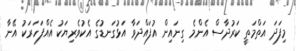
މިފަދަ އަތްމަތީ ކަރުދާސް އެންމެ ގިނައިން އުފައްދަވާ އަޅުގަނޑުގެ އެކުވެރިޔަކު އެއްފަހަރަކު އޭނާ